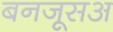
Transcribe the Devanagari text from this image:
बनजूसअ